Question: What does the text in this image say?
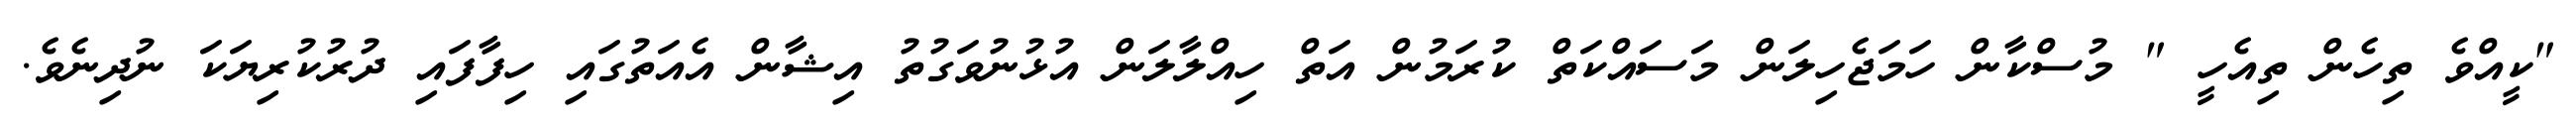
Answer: "ކީއްވެ ތިހެން ތިއެހީ " މުސްކާން ހަމަޖެހިލަން މަސައްކަތް ކުރަމުން އަތް ހިއްލާލަން އުޅުނުވަގުތު އިޝާން އެއަތުގައި ހިފާފައި ދުރުކުރިޔަކަ ނުދިނެވެ.